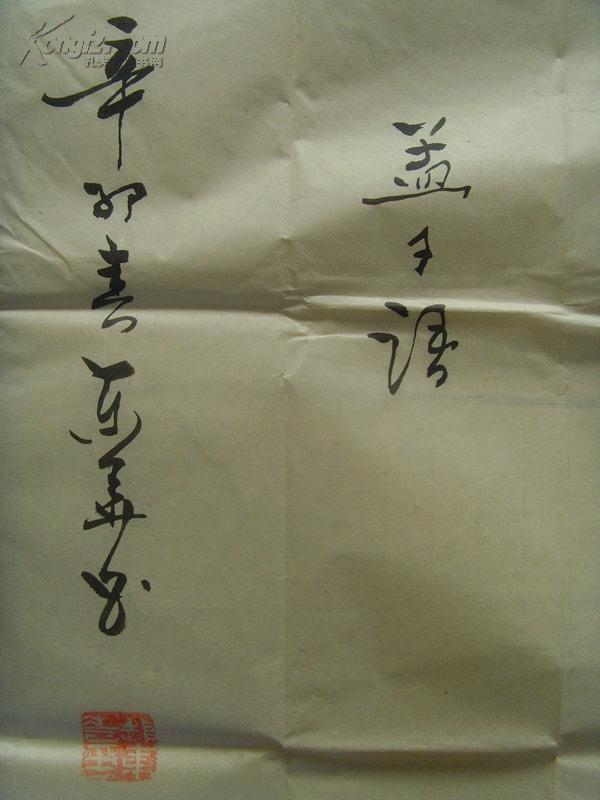
权，然后知轻重度，然后知长短。